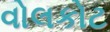
વોલકોટ